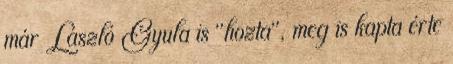
már László Gyula is "hozta", meg is kapta érte